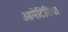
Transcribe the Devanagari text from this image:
ओमेटिडिया